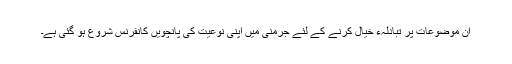
ان موضوعات پر تبادلہء خیال کرنے کے لئے جرمنی میں اپنی نوعیت کی پانچویں کانفرنس شروع ہو گئی ہے۔